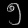
Digit: ၅